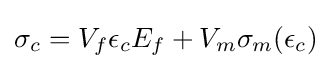
\sigma _{c}=V_{f}\epsilon _{c}E_{f}+V_{m}\sigma _{m}(\epsilon _{c})